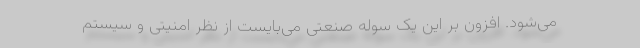
می‌شود. افزون بر این یک سوله صنعتی می‌بایست از نظر امنیتی و سیستم